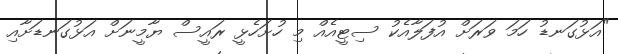
"އަޅުގަނޑު ހަމަ ވަރަށް އުފަލާއެކު ސިޓީއެއް މި ހުށަހެޅީ ރައީސް ޔާމީނަށް އަޅުގަނޑަށާއި